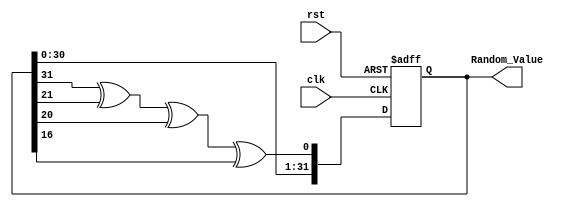
module RandomInitialization (
    input wire clk,
    input wire rst,
    output reg [31:0] Random_Value
);

    // Internal parameters
    reg [31:0] seed;

    // Pseudo-random number generation using a simple LFSR
    function [31:0] lfsr_random;
        input [31:0] seed;
        begin
            // Example LFSR polynomial: x^32 + x^22 + x^21 + x^17 + 1
            lfsr_random = {seed[30:0], seed[31] ^ seed[21] ^ seed[20] ^ seed[16]};
        end
    endfunction

    // Initialization process
    initial begin
        // Set a fixed seed value for repeatability
        seed = 32'hDEADBEEF; // You can change this value to get different sequences
        Random_Value = 32'b0; // Initialize Random_Value
    end

    // On reset, reinitialize the seed and generate a new random value
    always @(posedge clk or posedge rst) begin
        if (rst) begin
            // Reset the seed and generate a new random value
            seed = 32'hDEADBEEF; // Reset seed to a fixed value
            Random_Value = lfsr_random(seed); // Generate new random value
        end else begin
            // Optionally update the random value periodically (if desired)
            Random_Value = lfsr_random(Random_Value); // Update with new random value
        end
    end

endmodule